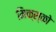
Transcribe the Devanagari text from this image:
मिक्स्को